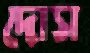
দোস